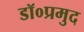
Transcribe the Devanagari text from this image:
डॉ०प्रमुद